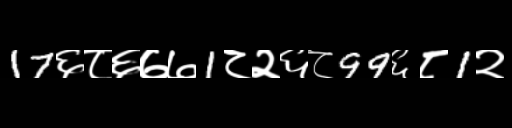
Text: 17६८६७७1८२६८99६८1२